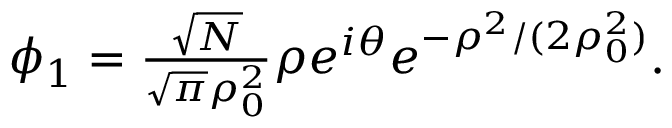
\begin{array} { r } { \phi _ { 1 } = \frac { \sqrt { N } } { \sqrt { \pi } \rho _ { 0 } ^ { 2 } } \rho e ^ { i \theta } e ^ { - \rho ^ { 2 } / ( 2 \rho _ { 0 } ^ { 2 } ) } . } \end{array}